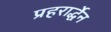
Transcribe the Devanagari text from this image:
प्रहरार्द्धेन